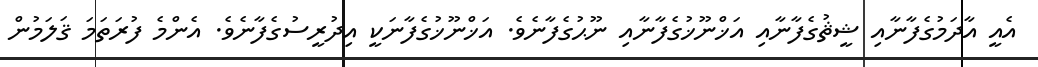
އެއީ އާދަމުގެފާނާއި ޝީޘުގެފާނާއި އަޚްނޫޚުގެފާނާއި ނޫޙުގެފާނެވެ. އަޚްނޫޚުގެފާނަކީ އިދުރީސުގެފާނެވެ. އެންމެ ފުރަތަމަ ޤަލަމުން